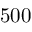
5 0 0